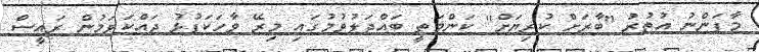
މާފަންނު އުތުރު "ބާރަށް ކުރިޔަށް" ކަންމަތީ ބައްދަލުވުމުގައި މިރޭ ވާހަކަފުޅު ދައްކަވަމުން ރައީސް